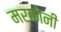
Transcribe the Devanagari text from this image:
मर्कोनी